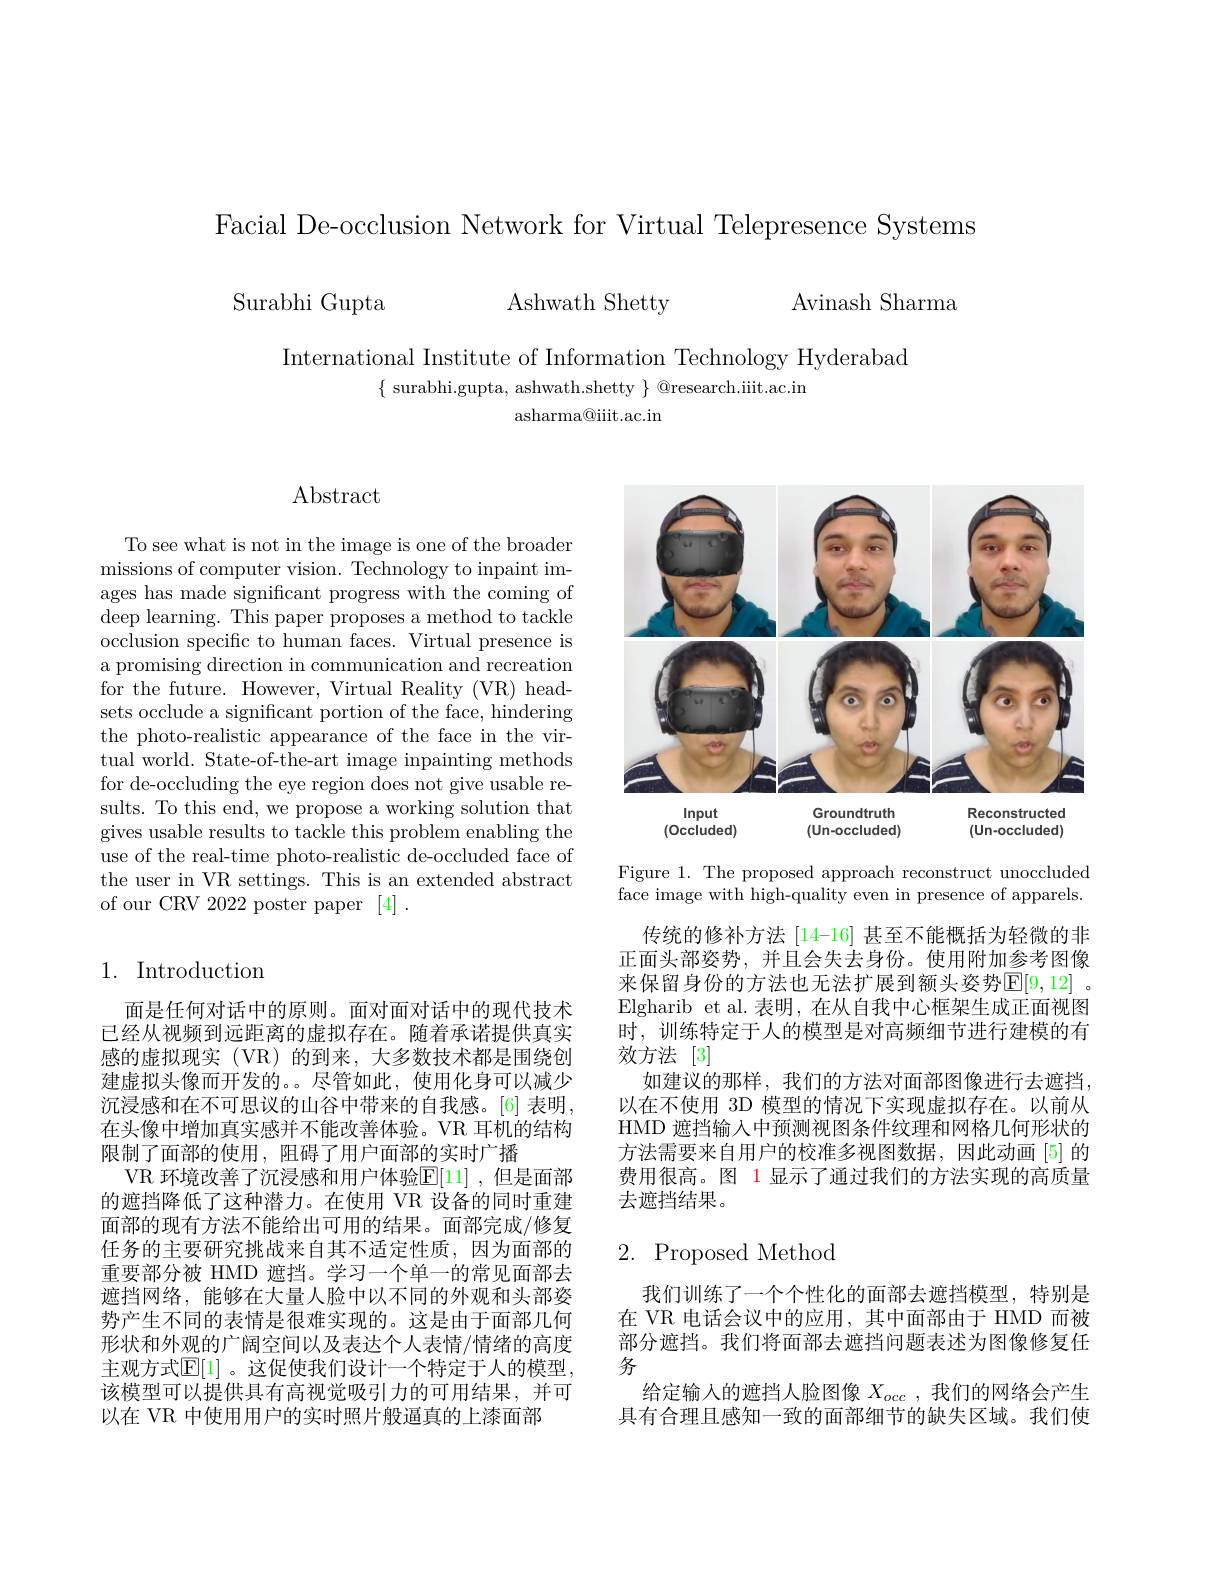
Facial De-occlusion Network for Virtual Telepresence Systems

Surabhi Gupta Ashwath Shetty Avinash Sharma

International Institute of Information Technology Hyderabad
$\{$ surabhi.gupta, ashwath.shetty $\}$ @research.iiit.ac.in
asharma@iiit.ac.in

Abstract

To see what is not in the image is one of the broader missions of computer vision. Technology to inpaint images has made significant progress with the coming of deep learning. This paper proposes a method to tackle occlusion specific to human faces. Virtual presence is a promising direction in communication and recreation for the future. However, Virtual Reality (VR) headsets occlude a significant portion of the face, hindering the photo-realistic appearance of the face in the virtual world. State-of-the-art image inpainting methods for de-occluding the eye region does not give usable results. To this end, we propose a working solution that gives usable results to tackle this problem enabling the use of the real-time photo-realistic de-occluded face of the user in VR settings. This is an extended abstract of our CRV 2022 poster paper [4].

## 1. Introduction

面是任何对话中的原则。面对面对话中的现代技术已经从视频到远距离的虚拟存在。随着承诺提供真实感的虚拟现实(VR)的到来，大多数技术都是围绕创建虚拟头像而开发的。。尽管如此，使用化身可以减少沉浸感和在不可思议的山谷中带来的自我感。[6] 表明， 在头像中增加真实感并不能改善体验。VR 耳机的结构限制了面部的使用，阻碍了用户面部的实时广播
VR 环境改善了沉浸感和用户体验$\mathbb{E}[11]$ ,但是面部的遮挡降低了这种潜力。在使用 VR 设备的同时重建面部的现有方法不能给出可用的结果。面部完成/修复任务的主要研究挑战来自其不适定性质，因为面部的重要部分被 HMD 遮挡。学习一个单一的常见面部去遮挡网络，能够在大量人脸中以不同的外观和头部姿势产生不同的表情是很难实现的。这是由于面部几何形状和外观的广阔空间以及表达个人表情/情绪的高度主观方式$\mathbb{E}[1]$。这促使我们设计一个特定于人的模型， 该模型可以提供具有高视觉吸引力的可用结果，并可以在 VR 中使用用户的实时照片般逼真的上漆面部

<FigureHere>

Figure 1. The proposed approach reconstruct unoccluded face image with high-quality even in presence of apparels.

传统的修补方法 [14-16] 甚至不能概括为轻微的非正面头部姿势，并且会失去身份。使用附加参考图像来保留身份的方法也无法扩展到额头姿势$\mathbb{E}[9,12]$ 。Elgharib et al. 表明，在从自我中心框架生成正面视图时，训练特定于人的模型是对高频细节进行建模的有效方法 [3]
如建议的那样，我们的方法对面部图像进行去遮挡以在不使用 3D 模型的情况下实现虚拟存在。以前从HMD 遮挡输入中预测视图条件纹理和网格几何形状的方法需要来自用户的校准多视图数据，因此动画[5]的费用很高。图 1 显示了通过我们的方法实现的高质量去遮挡结果。

## 2. Proposed Method

我们训练了一个个性化的面部去遮挡模型，特别是在 VR 电话会议中的应用，其中面部由于 HMD 而被部分遮挡。我们将面部去遮挡问题表述为图像修复任务
给定输入的遮挡人脸图像$X_{occ}$,我们的网络会产生具有合理且感知一致的面部细节的缺失区域。我们使